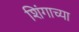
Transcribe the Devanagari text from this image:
शिंगाच्या